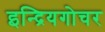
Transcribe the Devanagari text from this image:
इन्द्रियगोचर